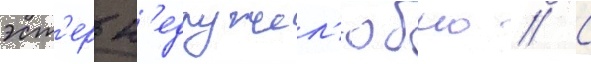
эст'ер н'едружел'юбно // С